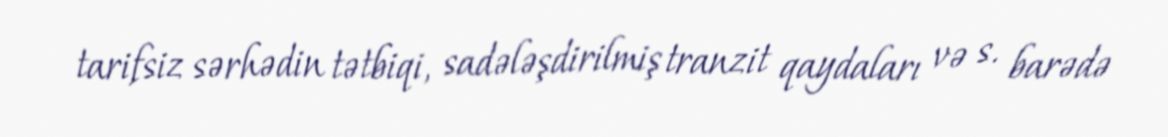
tarifsiz sərhədin tətbiqi, sadələşdirilmiş tranzit qaydaları və s. barədə